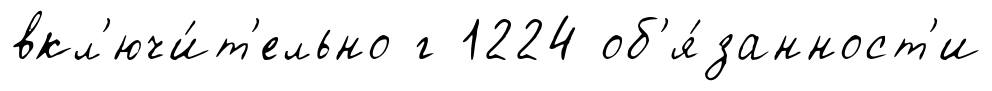
вкл'ючи́т'ельно г 1224 об'я́занност'и